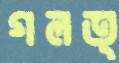
গলত্